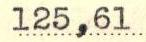
125,61